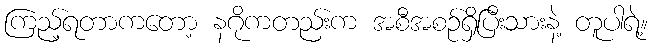
ကြည့်ရတာကတော့ နဂိုကတည်းက အစီအစဉ်ရှိပြီးသားနဲ့ တူပါရဲ့။